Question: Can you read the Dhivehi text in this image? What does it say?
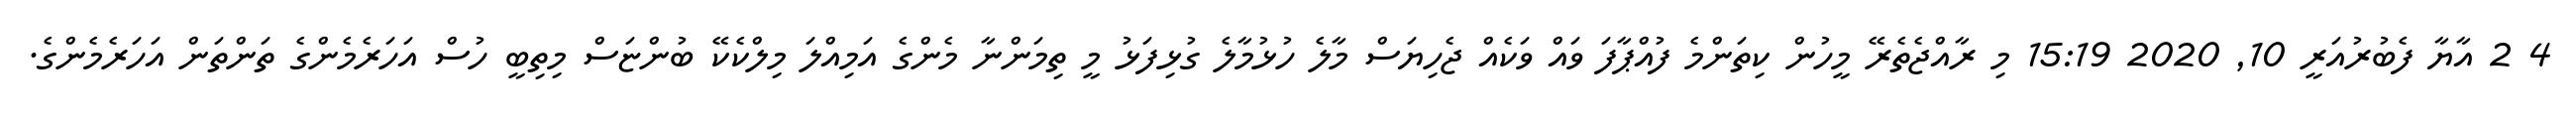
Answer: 4 2 އާޔާ ފެބުރުއަރީ 10, 2020 15:19 މި ރާއްޖެތެރޭ މީހުން ކިތަންމެ ފުއްޕާފަ ވައް ވަކެއް ޖެހިޔަސް މާލެ ހުޅުމާލެ ގުޅިފަޅު މީ ތިމަންނާ މެންގެ އަމިއްލަ މިލްކެކޭ ބުންޏަސް މިތިބީ ހުސް އަހަރެމެންގެ ތަންތަން އަހަރެމެންގެ.